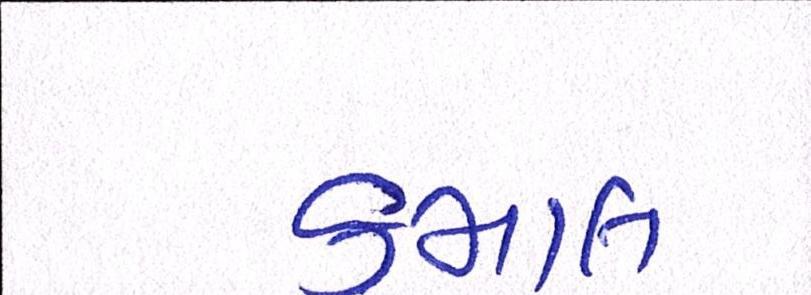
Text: કમાલ